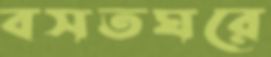
বসতঘরে